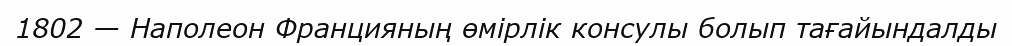
1802 — Наполеон Францияның өмiрлiк консулы болып тағайындалды